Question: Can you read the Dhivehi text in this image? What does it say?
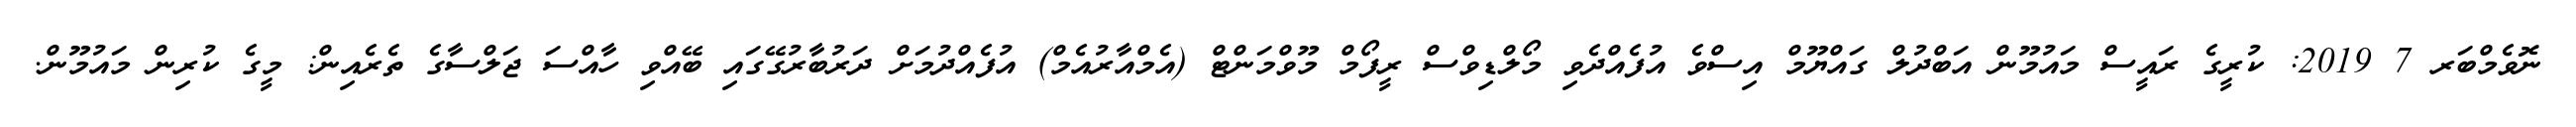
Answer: ނޮވެމްބަރ 7 2019: ކުރީގެ ރައީސް މައުމޫން އަބްދުލް ގައްޔޫމް އިސްވެ އުފެއްދެވި މޯލްޑިވްސް ރީފޯމް މޫވްމަންޓް (އެމްއާރުއެމް) އުފެއްދުމަށް ދަރުބާރުގޭގައި ބޭއްވި ހާއްސަ ޖަލްސާގެ ތެރެއިން: މީގެ ކުރިން މައުމޫން.